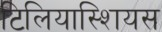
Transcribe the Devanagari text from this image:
टिलियास्शियस